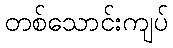
တစ်သောင်းကျပ်